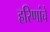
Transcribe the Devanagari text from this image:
हरिणांचे